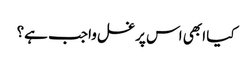
کیا ابھی اس پر غسل واجب ہے؟